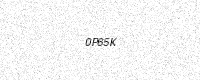
Text: 0P65K